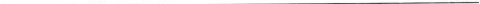
___